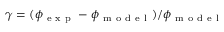
\gamma = ( \phi _ { \mathrm { ~ e ~ x ~ p ~ } } - \phi _ { \mathrm { ~ m ~ o ~ d ~ e ~ l ~ } } ) / \phi _ { \mathrm { ~ m ~ o ~ d ~ e ~ l ~ } }